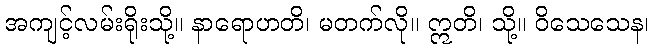
အကျင့်လမ်းရိုးသို့။ နာရောဟတိ၊ မတက်လို။ ဣတိ၊ သို့။ ဝိသေသေန၊